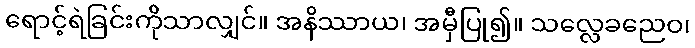
ရောင့်ရဲခြင်းကိုသာလျှင်။ အနိဿာယ၊ အမှီပြု၍။ သလ္လေခညေဝ၊